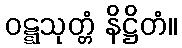
ဝဋ္ဋသုတ္တံ နိဋ္ဌိတံ။